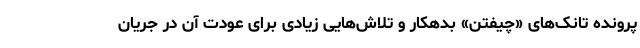
پرونده تانک‌های «چیفتن» بدهکار و تلاش‌هایی زیادی برای عودت آن در جریان